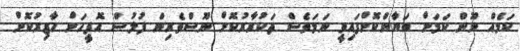
ކަމެއް ނޫން ކަމަށް ބަޔާންކޮށްފައިވީ ނަމަވެސް ތަކުރާރުކޮށް ނޫސްވެރިން ފުލުސް އޮފީހަށް ހާޒިރުކޮށް